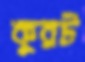
কুরট